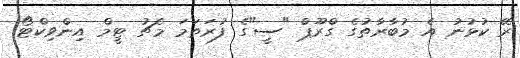
ރޭ ކުޅުނު އެ މުބާރާތުގެ ގްރޫޕް "ސީ"ގެ ފުރަތަމަ މެޗު ޓީމް އިންވިކްޓޯ